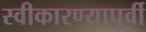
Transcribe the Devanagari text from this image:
स्वीकारण्यापूर्वी